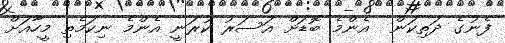
ފެނުގެ ދަތިކަން  އެންމެ ބޮޑަށް އަސަރު ކުރަނީ އެންމެ ނިކަމެތި މީހާއަށް